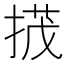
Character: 𢰝